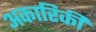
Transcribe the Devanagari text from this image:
अकारिकी